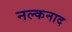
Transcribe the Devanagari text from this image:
नल्कनाद